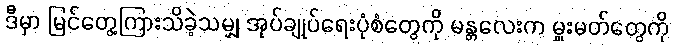
ဒီမှာ မြင်တွေ့ကြားသိခဲ့သမျှ အုပ်ချုပ်ရေးပုံစံတွေကို မန္တလေးက မှူးမတ်တွေကို